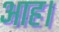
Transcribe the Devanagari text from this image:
आह।